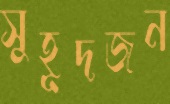
সুহূদজন